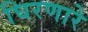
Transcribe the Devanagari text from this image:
घिरणारे